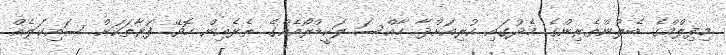
މިފިލްމްގެ ބެލުންތެރިންގެ މެދުގައި ކުރިއަށްދާ ހާއްސަ ލަކީޑްރޯއެއްގެ ތެރެއިން ހޮވޭ ފަރާތަކަށް ސައިކަލެއް